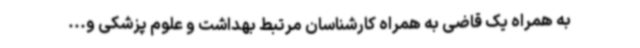
به همراه یک قاضی به همراه کارشناسان مرتبط بهداشت و علوم پزشکی و...